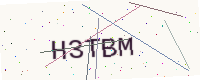
Text: H3TBM